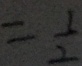
= \frac { 1 } { 2 }